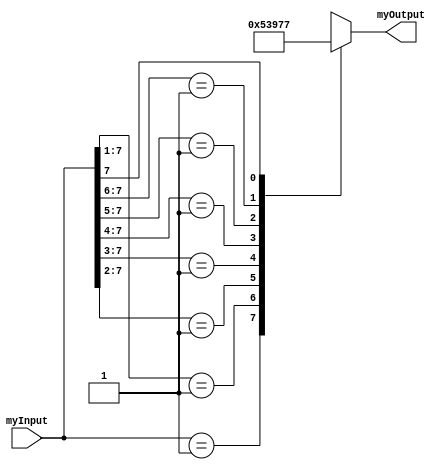
module ThreeTo8_p(myInput, myOutput);
	input[7:0] myInput;
	output reg[2:0] myOutput;
	always @ (myInput)
	begin
	//case for priority
	casex (myInput)
	8'b00000001: myOutput = 3'b000;
    8'b0000001x: myOutput = 3'b001;
	8'b000001xx: myOutput = 3'b010;
	8'b00001xxx: myOutput = 3'b011;
	8'b0001xxxx: myOutput = 3'b100;
	8'b001xxxxx: myOutput = 3'b101;
	8'b01xxxxxx: myOutput = 3'b110;
	8'b1xxxxxxx: myOutput = 3'b111;
	//defauly case for none
	default: myOutput = 3'bxxx;
	endcase
	end
 endmodule